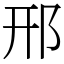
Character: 邢